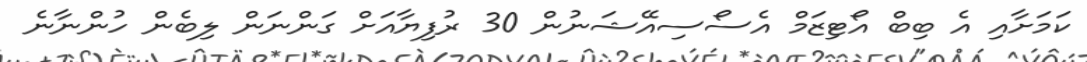
ކަމަށާއި އެ ބިބް އޯޓިޒަމް އެސޯސިއޭޝަނުން 30 ރުފިޔާއަށް ގަންނަން ލިބެން ހުންނާނެ